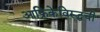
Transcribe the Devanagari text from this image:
आफ्रिकेविरूद्धची